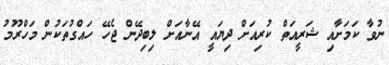
ނުވާ ކަމަށާއި ޝަރީއަތް ކުރިއަށް ދިޔައީ އޭނާއަށް ލިބިދޭން ޖެހޭ ހައްގުތަކުން މަހްރޫމު